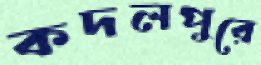
কদলপুরে